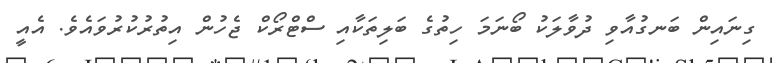
ގިނައިން ބަނގުއާވި ދުވާލަކު ބޯނަމަ ހިތުގެ ބަލިތަކާއި ސްޓްރޯކް ޖެހުން އިތުރުކުރުވައެވެ. އެއީ